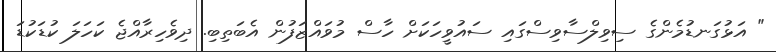
" އަޅުގަނޑުމެންގެ ސިވިލްސާވިސްގައި ސައުވީހަކަށް ހާސް މުވައްޒަފުން އެބަތިބި. ދިވެހިރާއްޖެ ކަހަލަ ކުޑަކުޑަ